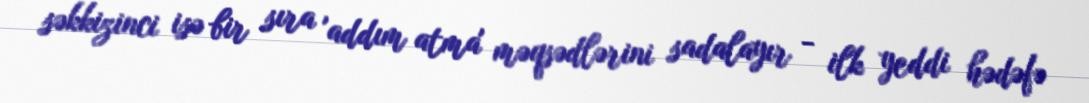
səkkizinci isə bir sıra 'addım atma' məqsədlərini sadalayır - ilk yeddi hədəfə